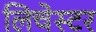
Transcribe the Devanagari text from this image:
लिचेस्टर